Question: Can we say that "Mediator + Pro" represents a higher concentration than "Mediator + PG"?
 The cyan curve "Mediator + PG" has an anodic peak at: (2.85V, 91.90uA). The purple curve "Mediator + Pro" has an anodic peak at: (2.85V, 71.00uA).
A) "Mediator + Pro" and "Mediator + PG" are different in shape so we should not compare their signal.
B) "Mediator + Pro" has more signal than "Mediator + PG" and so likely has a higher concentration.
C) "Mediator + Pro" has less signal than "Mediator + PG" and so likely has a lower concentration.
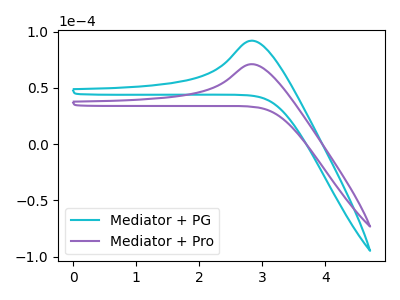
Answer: <think>All the peaks in "Mediator + Pro" have a peak in "Mediator + PG" at the same potential. Every peak in "Mediator + Pro" is lower than every peak in "Mediator + PG".
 </think>
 <answer>C) "Mediator + Pro" has less signal than "Mediator + PG" and so likely has a lower concentration.</answer>
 <eval>C</eval>